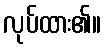
လုပ်ထား၏။